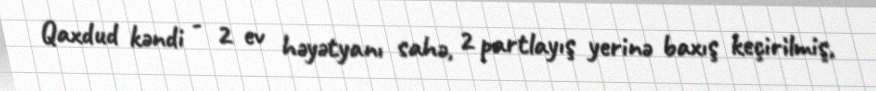
Qaxdud kəndi - 2 ev həyətyanı sahə, 2 partlayış yerinə baxış keçirilmiş,